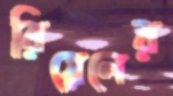
রিয়েলের